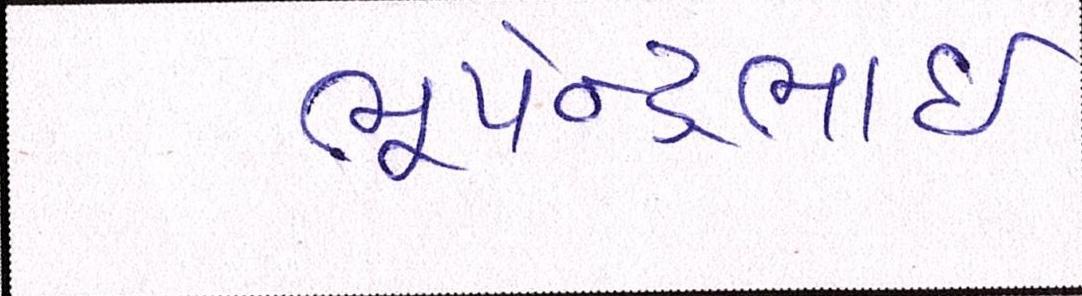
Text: ભૂપેન્દ્રભાઈ